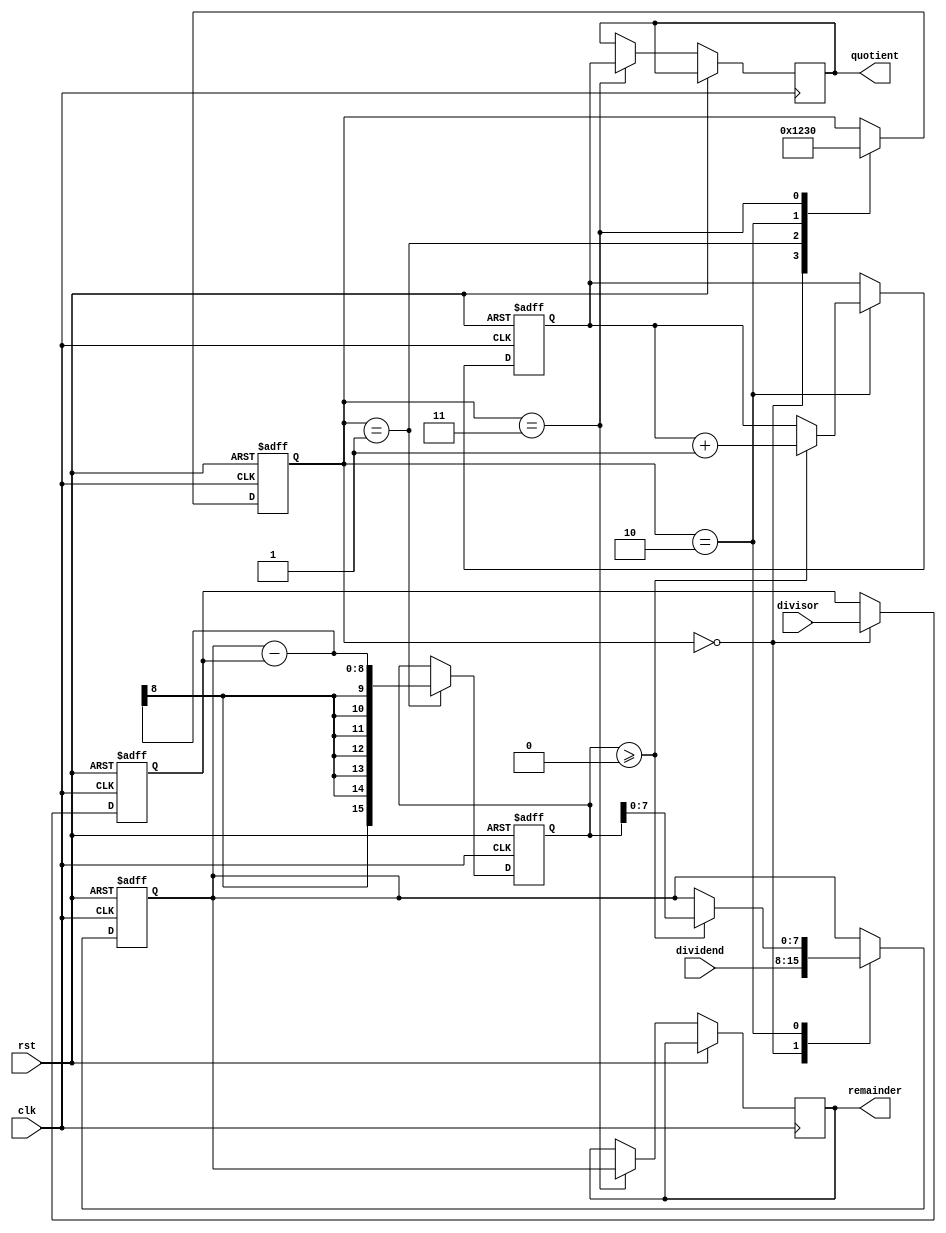
module Restoring_Divider (
    input wire clk,
    input wire rst,
    input wire [7:0] dividend,
    input wire [7:0] divisor,
    output reg [7:0] quotient,
    output reg [7:0] remainder
);

reg [7:0] dividend_reg;
reg [7:0] divisor_reg;
reg [7:0] quotient_reg;
reg [7:0] remainder_reg;

reg [15:0] subtracted_value;

reg [3:0] state;
parameter START = 4'b0000;
parameter SUBTRACT = 4'b0001;
parameter COMPARE = 4'b0010;
parameter DONE = 4'b0011;

always @ (posedge clk or posedge rst)
begin
    if (rst)
    begin
        state <= START;
        quotient_reg <= 8'b0;
        remainder_reg <= 8'b0;
        dividend_reg <= 8'b0;
        divisor_reg <= 8'b0;
        subtracted_value <= 16'b0;
    end
    else
    begin
        case (state)
            START:
            begin
                dividend_reg <= dividend;
                divisor_reg <= divisor;
                state <= SUBTRACT;
            end
            
            SUBTRACT:
            begin
                subtracted_value <= dividend_reg - divisor_reg;
                state <= COMPARE;
            end
            
            COMPARE:
            begin
                if (subtracted_value >= 8'b0)
                begin
                    quotient_reg <= quotient_reg + 1;
                    dividend_reg <= subtracted_value;
                end
                else
                begin
                    dividend_reg <= dividend_reg;
                end
                
                state <= DONE;
            end
            
            DONE:
            begin
                quotient <= quotient_reg;
                remainder <= dividend_reg;
                state <= START;
            end
        endcase
    end
end

endmodule